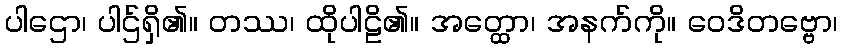
ပါဌော၊ ပါဌ်ရှိ၏။ တဿ၊ ထိုပါဠိ၏။ အတ္ထော၊ အနက်ကို။ ဝေဒိတဗ္ဗော၊